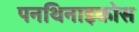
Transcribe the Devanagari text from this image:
पनथिनाइकोस